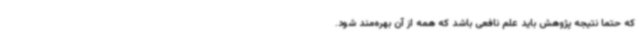
که حتما نتیجه پژوهش باید علم نافعی باشد که همه از آن بهره‌مند شود.